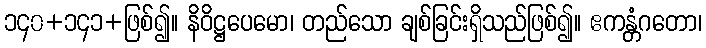
၁၄၀+၁၄၁+ဖြစ်၍။ နိဝိဋ္ဌပေမော၊ တည်သော ချစ်ခြင်းရှိသည်ဖြစ်၍။ ဧကန္တံဂတော၊